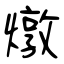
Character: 燉